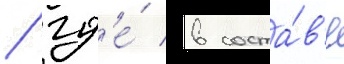
/ гд'е́ в соста́в'е